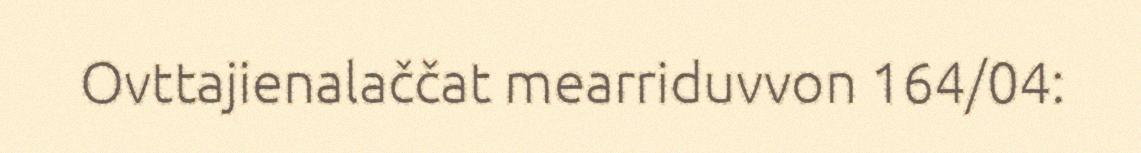
Ovttajienalaččat mearriduvvon 164/04: